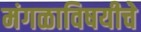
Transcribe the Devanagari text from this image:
मंगळाविषयीचे